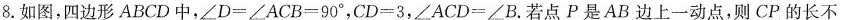
8.如图，四边形ABCD中，$$\angle D=\angleACB=90^{\circ}$$，$$CD=3$$，$$\angle ACD=\angle B$$.若点P是AB边上一动点，则CP的长不